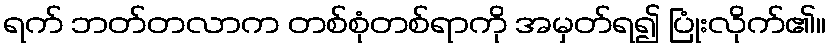
ရက် ဘတ်တလာက တစ်စုံတစ်ရာကို အမှတ်ရ၍ ပြုံးလိုက်၏။